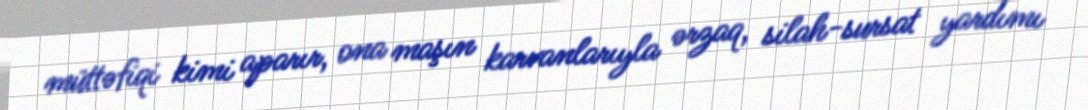
müttəfiqi kimi aparır, ona maşın karvanlarıyla ərzaq, silah-sursat yardımı